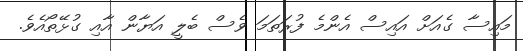
މައިސާ ގެއަށް އައިސް އެންމެ ފުރަތަމަ ވެސް ބެލީ އަޔާން އާއި ގުޅޭތޯއެވެ.